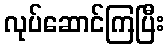
လုပ်ဆောင်ကြပြီး